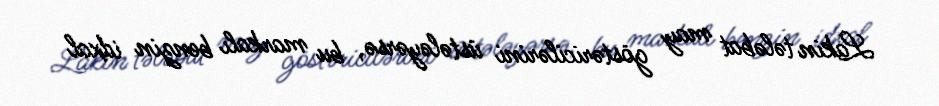
Lakin tələbat may göstəricilərini üstələyərsə, bu markalı benzin idxal